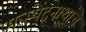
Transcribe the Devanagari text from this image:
मत्स्येंद्रनाथांचे